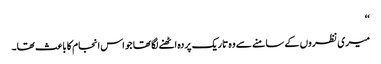
‘‘
میری نظروں کے سامنے سے وہ تاریک پردہ اٹھنے لگا تھا جو اس انجام کا باعث تھا۔